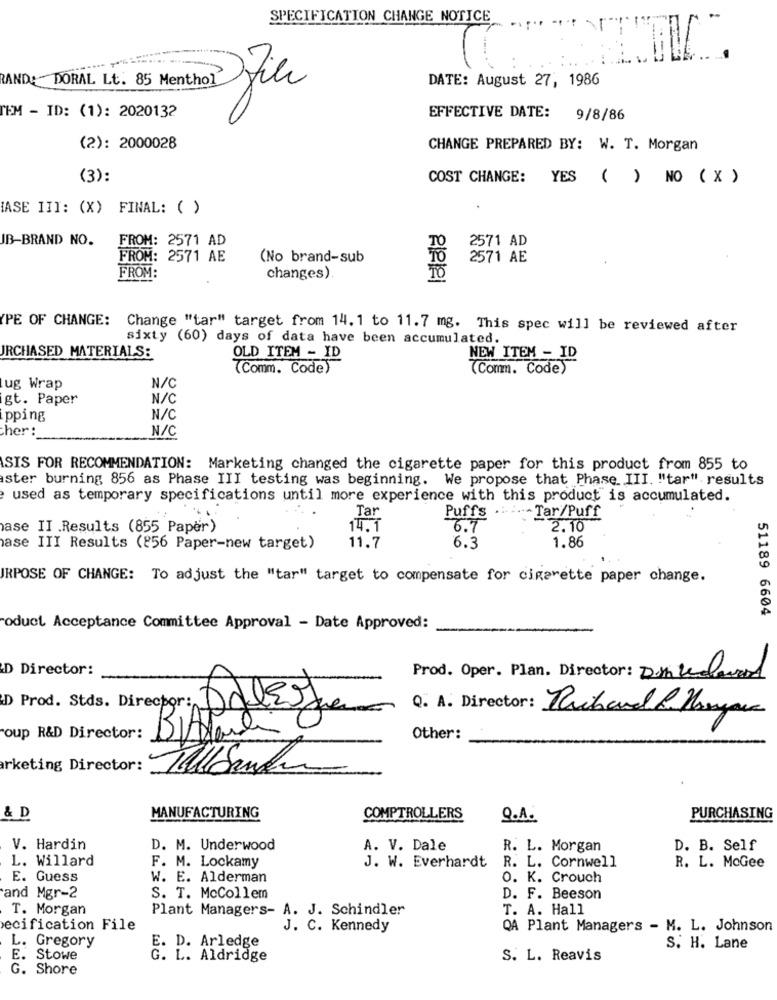
SPECIFICATION CHANGE NOTICE
...
AND:" DORAL Lt. 85 Menthol
DATE: August 27, 1986
TEM - ID: (1): 2020132
EFFECTIVE DATE:
9/8/86
(2): 2000028
CHANGE PREPARED BY: W. T. Morgan
(3):
COST CHANGE: YES ( ) NO ( X )
ASE III: (X) FINAL: ( )
JB-BRAND NO.
FROM: 2571 AD
2571 AD
FROM: 2571 AE
(No brand-sub
2571 AE
FROM:
changes).
10
PE OF CHANGE:
Change "tar" target from 14. 1 to 11.7 mg. This spec will be reviewed after
sixty (60) days of data have been accumulated.
JRCHASED MATERIALS:
OLD ITEM - ID
NEW ITEM - ID
(Comm. Code)
(Comm. Code)
ug Wrap
N/C
gt. Paper
N/C
pping
N/C
her:
N/C
SIS FOR RECOMMENDATION: Marketing changed the cigarette paper for this product from 855 to
ster burning 856 as Phase III testing was beginning. We propose that Phase III. "tar" results
used as temporary specifications until more experience with this product is accumulated
Tar
Puffs .....- Tar/Puff
ase II .Results (855 Paper)
14.1
6.7
2.10
ase III Results (256 Paper-new target)
11.7
6.3
1.86
RPOSE OF CHANGE: To adjust the "tar" target to compensate for cigarette paper change.
51189 6604
roduct Acceptance Committee Approval - Date Approved:
D Director:
Prod. Oper. Plan. Director: Dentedlevel
D Prod. Stds. Director :,
Y
Q. A. Director: Richard & Hayan
oup R&D Director:
Other:
arketing Director:
& D
MANUFACTURING
COMPTROLLERS
Q.A.
PURCHASING
V. Hardin
D. M. Underwood
A. V. Dale
R. L. Morgan
D. B. Self
L. Willard
F. M. Lockamy
J. W. Everhardt
R. L. Cornwell
R. L. McGee
E. Guess
W. E. Alderman
O. K. Crouch
and Mgr-2
S. T. McCollem
D. F. Beeson
T. Morgan
Plant Managers- A. J. Schindler
T. A. Hall
ecification File
J. C. Kennedy
QA Plant Managers - M. L. Johnson
E. D. Arledge
L. Gregory
S. H. Lane
E. Stowe
G. L. Aldridge
S. L. Reavis
G. Shore